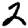
Digit: 2